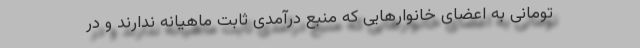
تومانی به اعضای خانوارهایی که منبع درآمدی ثابت ماهیانه ندارند و در